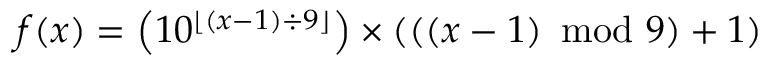
f ( x ) = \left( 1 0 ^ { \lfloor \left( x - 1 \right) \div 9 \rfloor } \right) \times \left( \left( \left( x - 1 \right) \ \mathrm { m o d } \ 9 \right) + 1 \right)